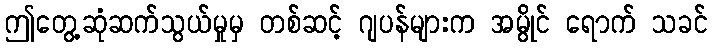
ဤတွေ့ဆုံဆက်သွယ်မှုမှ တစ်ဆင့် ဂျပန်များက အမွိုင် ရောက် သခင်